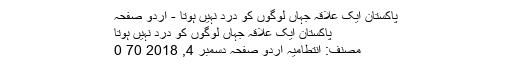
پاکستان ایک علاقہ جہاں لوگوں کو درد نہیں ہوتا - اردو صفحہ
پاکستان ایک علاقہ جہاں لوگوں کو درد نہیں ہوتا
مصنف: انتطامیہ اُردو صفحہ دسمبر 4, 2018 70 0